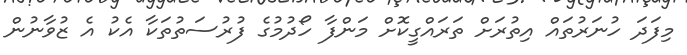
މިފަދަ ހުނަރުތައް އިތުރަށް ތަރައްގީކޮށް މަންފާ ހޯދުމުގެ ފުރުސަތުތަކާ އެކު އެ ޒުވާނުން